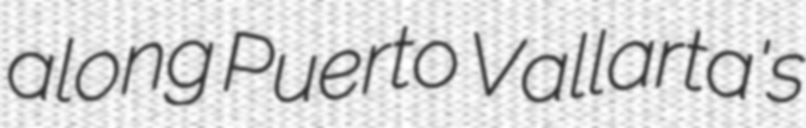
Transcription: along Puerto Vallarta's